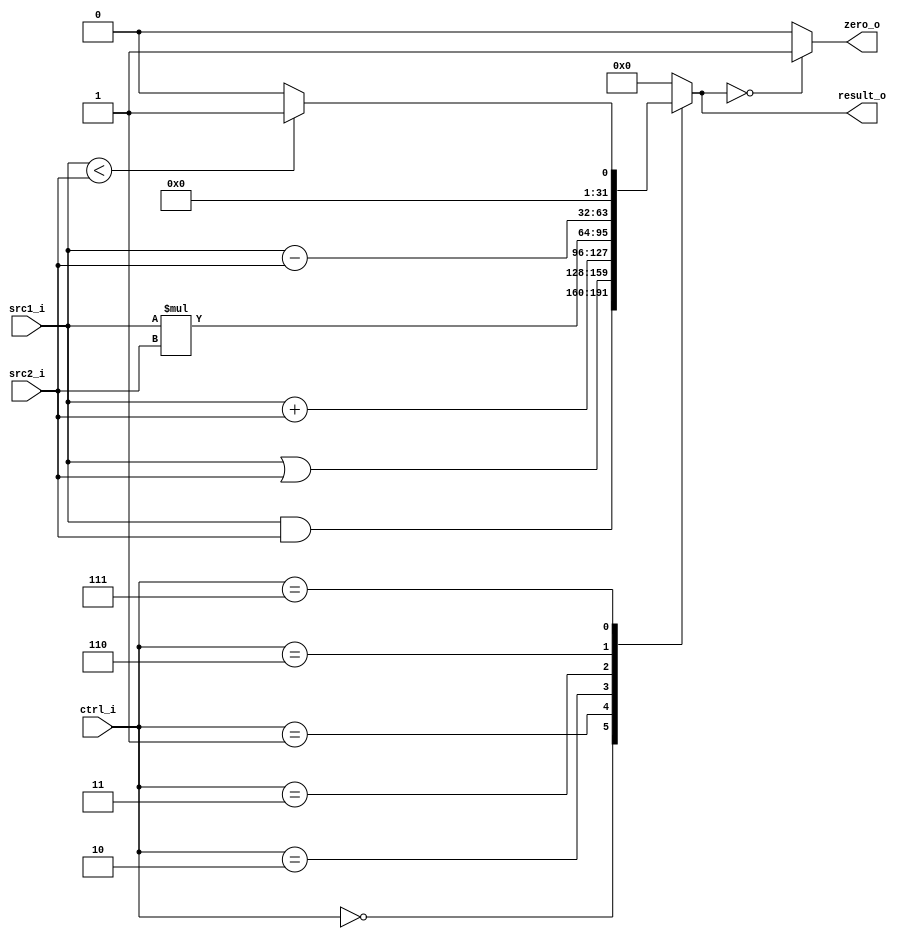
//109550184
//Subject:     CO project 2 - ALU
//--------------------------------------------------------------------------------
//Version:     1
//--------------------------------------------------------------------------------
//Writer:      
//----------------------------------------------
//Date:        
//----------------------------------------------
//Description: 
//--------------------------------------------------------------------------------

module ALU(
    src1_i,
	src2_i,
	ctrl_i,
	result_o,
	zero_o
	);
     
//I/O ports
input  [32-1:0]  src1_i;
input  [32-1:0]	 src2_i;
input  [4-1:0]   ctrl_i;

output [32-1:0]	 result_o;
output           zero_o;

//Internal signals
reg    [32-1:0]  result_o;
wire             zero_o;

//Parameter
assign zero_o = (result_o == 0)? 1: 0;
//Main function
always@(ctrl_i, src1_i, src2_i) begin
    case (ctrl_i)
        0: result_o = src1_i & src2_i; //and
        1: result_o = src1_i | src2_i; //or
        2: result_o = src1_i + src2_i; //add addi LW SW
        3: result_o = src1_i * src2_i; //mult
        6: result_o = src1_i - src2_i; //sub beq
        7: result_o = (src1_i < src2_i)? 1:0; //slt slti
        default: result_o = 0;
    endcase
end
endmodule